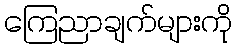
ကြေညာချက်များကို